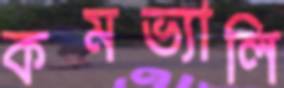
কমভ্যালি